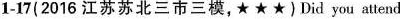
1-17(2016 江苏苏北三市三模,★ ★ ★)Did you attend